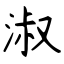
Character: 淑